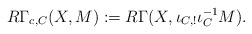
\begin{align*}R\Gamma_{c,C}(X, M) := R\Gamma(X, \iota_{C,!}\iota^{-1}_C M). \end{align*}